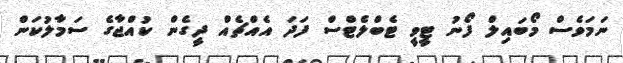
ނަމަވެސް މޯބައިލް ފޯނު ޓީވީ ޓެބްލެޓްސް ފަދަ އެއްޗެއް ދީގެން ކުއްޖާގެ ސަމާލުކަން